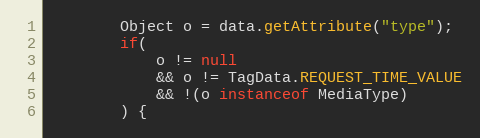
Language: Java
		Object o = data.getAttribute("type");
		if(
			o != null
			&& o != TagData.REQUEST_TIME_VALUE
			&& !(o instanceof MediaType)
		) {